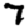
Digit: 7